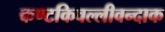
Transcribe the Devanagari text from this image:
कण्टकिवल्लीवन्दाक